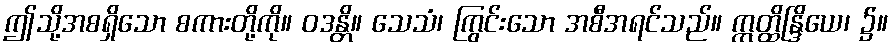
ဤသို့အစရှိသော စကားတို့ကို။ ဝဒန္တိ။ သေသံ၊ ကြွင်းသော အစီအရင်သည်။ ဣတ္ထိန္ဒြိယေ၊ ၌။